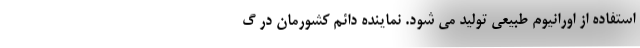
استفاده از اورانیوم طبیعی تولید می شود. نماینده دائم کشورمان در گ